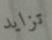
تزايد